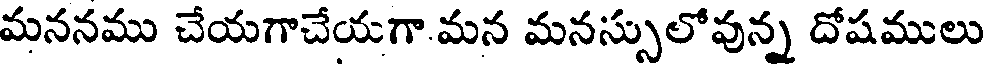
మననము చేయగాచేయగా.మన మనస్సులోవున్న దోషములు